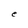
Character: e